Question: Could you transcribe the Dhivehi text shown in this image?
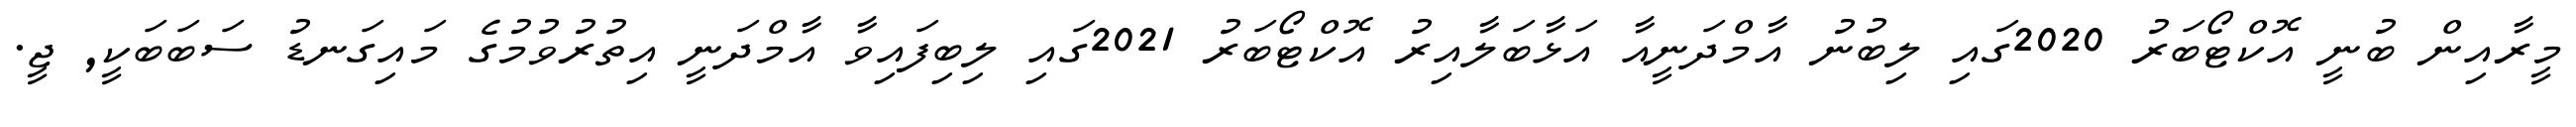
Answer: މީރާއިން ބުނީ އޮކްޓޯބަރު 2020ގައި ލިބުނު އާމްދަނީއާ އަޅާބަލާއިރު އޮކްޓޯބަރު 2021ގައި ލިބިފައިވާ އާމްދަނީ އިތުރުވުމުގެ މައިގަނޑު ސަބަބަކީ, ޖީ.